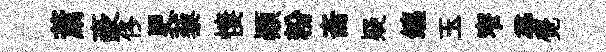
䔥豪佟更藜悽顚粉斋疑鑣玉窄𡬶覺